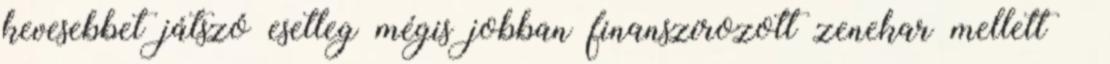
kevesebbet játszó esetleg mégis jobban finanszírozott zenekar mellett –